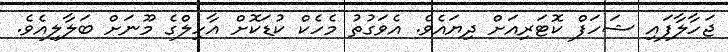
ޖަހާލާފައި ޝަހަފް ކޮޓަރިއަށް ދިޔައެވެ. އެވަގުތު މެހެކް ކުޑަކޮށް އާހިލްގެ މޫނަށް ބަލާލިއެވެ.